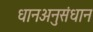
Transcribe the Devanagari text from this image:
धानअनुसंधान